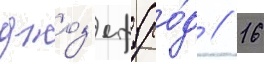
джоз'еф (ро́д // 16